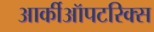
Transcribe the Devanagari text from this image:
आर्कीऑपटरिक्स